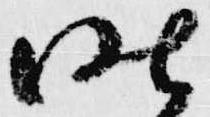
昨